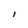
Character: l